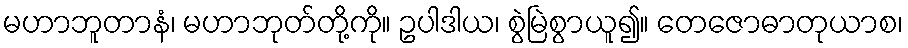
မဟာဘူတာနံ၊ မဟာဘုတ်တို့ကို။ ဥပါဒါယ၊ စွဲမြဲစွာယူ၍။ တေဇောဓာတုယာစ၊